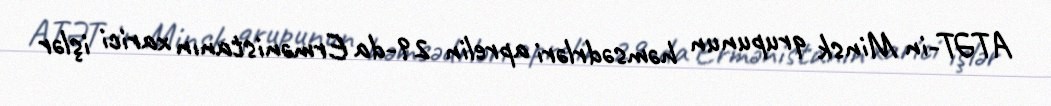
ATƏT-in Minsk qrupunun həmsədrləri aprelin 29-da Ermənistanın xarici işlər